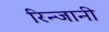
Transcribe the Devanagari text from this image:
रिन्जानी